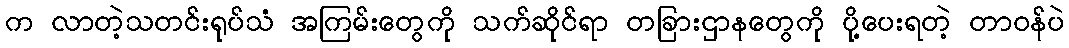
က လာတဲ့သတင်းရုပ်သံ အကြမ်းတွေကို သက်ဆိုင်ရာ တခြားဌာနတွေကို ပို့ပေးရတဲ့ တာဝန်ပဲ